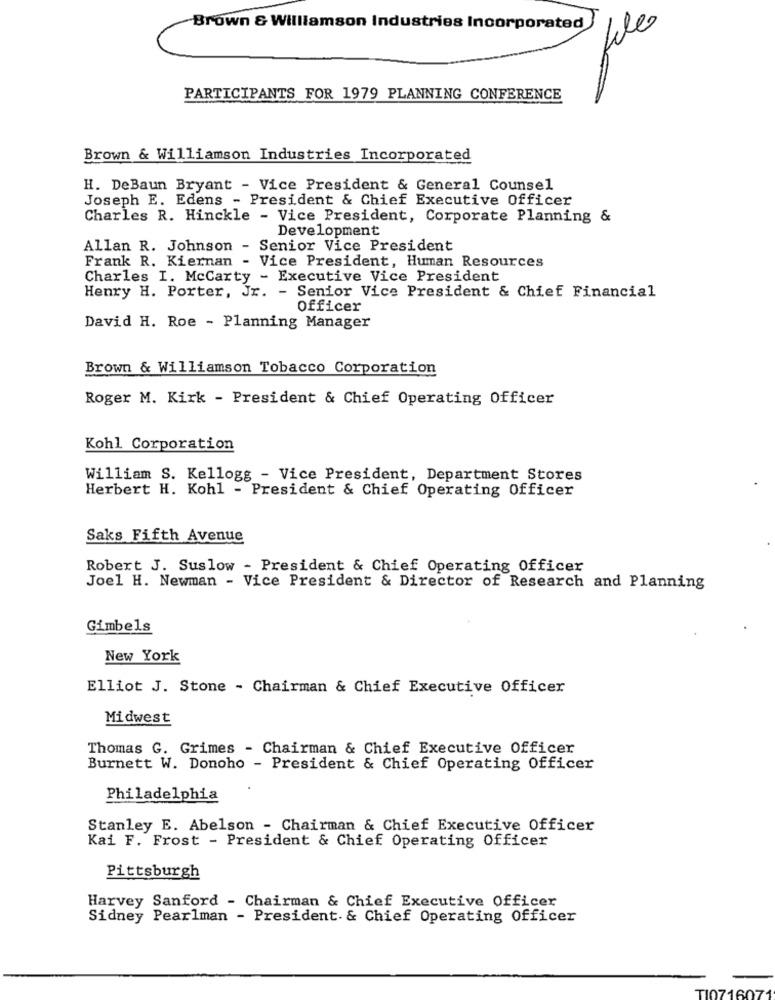
Brown & Williamson Industries Incorporated
3
PARTICIPANTS FOR 1979 PLANNING CONFERENCE
Brown & Williamson Industries Incorporated
H. DeBaun Bryant - Vice President & General Counsel
Joseph E. Edens - President & Chief Executive Officer
Charles R. Hinckle - Vice President, Corporate Planning &
Development
Allan R. Johnson - Senior Vice President
Frank R. Kiernan - Vice President, Human Resources
Charles I. McCarty - Executive Vice President
Henry H. Porter, Jr. - Senior Vice President & Chief Financial
Officer
David H. Roe - Planning Manager
Brown & Williamson Tobacco Corporation
Roger M. Kirk - President & Chief Operating Officer
Kohl Corporation
William S. Kellogg - Vice President, Department Stores
Herbert H. Kohl - President & Chief Operating Officer
Saks Fifth Avenue
Robert J. Suslow - President & Chief Operating Officer
Joel H. Newman - Vice President & Director of Research and Planning
Gimbels
New York
Elliot J. Stone - Chairman & Chief Executive Officer
Midwest
Thomas G. Grimes - Chairman & Chief Executive Officer
Burnett W. Donoho - President & Chief Operating Officer
Philadelphia
Stanley E. Abelson - Chairman & Chief Executive Officer
Kai F. Frost - President & Chief Operating Officer
Pittsburgh
Harvey Sanford - Chairman & Chief Executive Officer
Sidney Pearlman - President. & Chief Operating Officer
16071